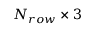
N _ { r o w } \times 3